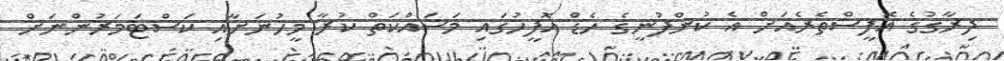
ދިރާގުގެ އޮފީސްތެރެއަށް އެ ކުންފުނީގެ ހެޑް އޮފީހުގައި މަސައްކަތް ކުރާ މީހުނަށާއި ކަސްޓަމަރުންނަށް